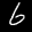
Label: 6